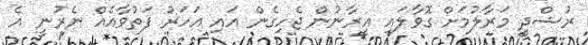
ރުޝްދީ މަރާލުމަށް ގޮވާލައި އީރާނުން ޖެހިގެން އައި އަހަރު ފަތުވާއެއް ނެރުނީ އެ